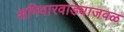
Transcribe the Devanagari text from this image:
शनिवारवाड्याजवळ